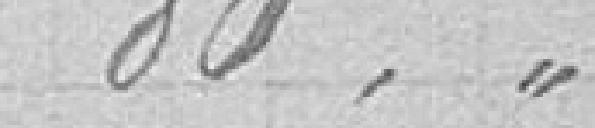
80